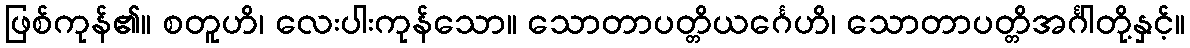
ဖြစ်ကုန်၏။ စတူဟိ၊ လေးပါးကုန်သော။ သောတာပတ္တိယင်္ဂေဟိ၊ သောတာပတ္တိအင်္ဂါတို့နှင့်။